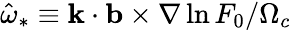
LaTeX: \hat{\omega}_{*}\equiv\mathbf{k}\cdot\mathbf{b}\times\nabla\ln{F_{0}}/\Omega_{c}